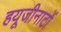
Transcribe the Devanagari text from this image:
हयूजीनाटों